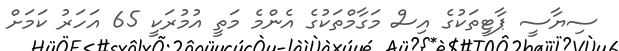
ސިޔާސީ ޕާޓީތަކުގެ އިސް މަގާމްތަކުގެ އެންމެ މަތީ އުމުރަކީ 65 އަހަރު ކަމަށް